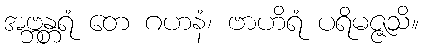
အဗ္ဘန္တရံ တေ ဂဟနံ၊ ဗာဟိရံ ပရိမဇ္ဇသိ။